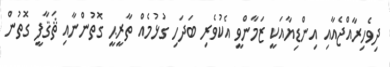
ދިވެހިރާއްޖެއާއި އިންޑިޔާއަކީ ޒަމާންވީ އެކުވެރި ބަދަހި ގުޅުމެއް ތާރީޙީ ގޮތުންނާއި ޘަޤާފީ ގޮތުން